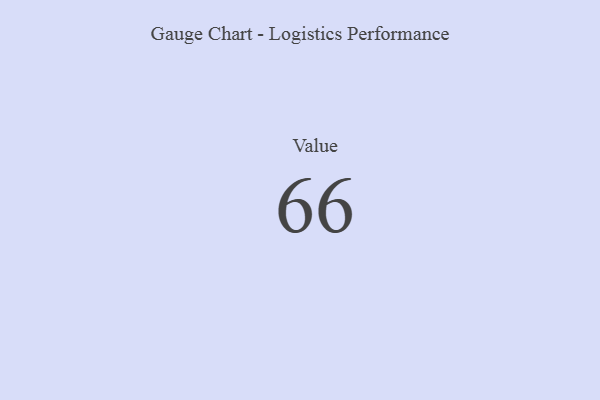
{"axis": {"x": "Metric", "y": "Value"}, "legend": [""], "data": [{"x": "Value", "y": 66, "type": ""}]}